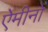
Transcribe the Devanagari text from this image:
ऐमीनों